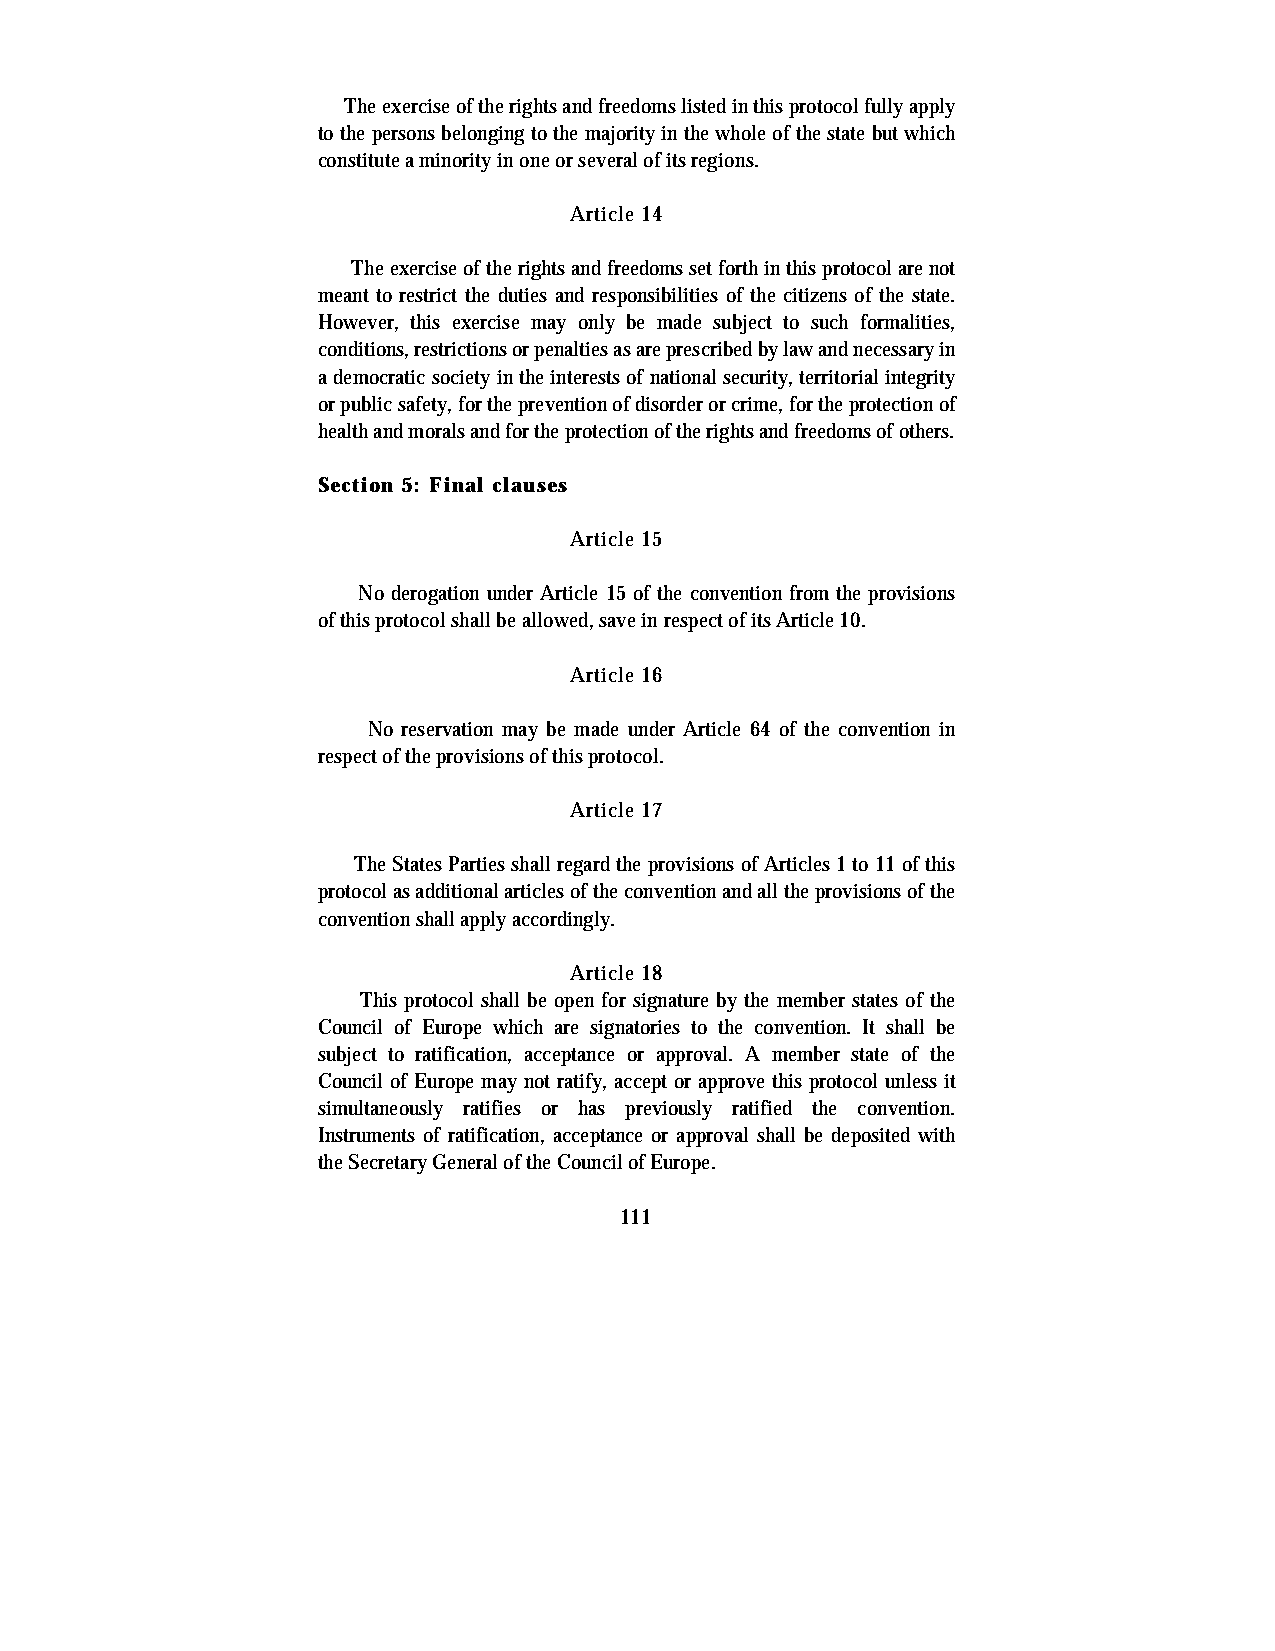
The exercise of the rights and freedoms listed in this protocol fully apply
 to the persons belonging to the majority in the whole of the state but which
 constitute a minority in one or several of its regions.
 Article 14
 The exercise of the rights and freedoms set forth in this protocol are not
 meant to restrict the duties and responsibilities of the citizens of the state.
 However, this exercise may only be made subject to such formalities,
 conditions, restrictions or penalties as are prescribed by law and necessary in
 a democratic society in the interests of national security, territorial integrity
 or public safety, for the prevention of disorder or crime, for the protection of
 health and morals and for the protection of the rights and freedoms of others.
 Section 5: Final clauses
 Article 15
 No derogation under Article 15 of the convention from the provisions
 of this protocol shall be allowed, save in respect of its Article 10.
 Article 16
 No reservation may be made under Article 64 of the convention in
 respect of the provisions of this protocol.
 Article 17
 The States Parties shall regard the provisions of Articles 1 to 11 of this
 protocol as additional articles of the convention and all the provisions of the
 convention shall apply accordingly.
 Article 18
 This protocol shall be open for signature by the member states of the
 Council of Europe which are signatories to the convention. It shall be
 subject to ratification, acceptance or approval. A member state of the
 Council of Europe may not ratify, accept or approve this protocol unless it
 simultaneously ratifies or has previously ratified the convention.
 Instruments of ratification, acceptance or approval shall be deposited with
 the Secretary General of the Council of Europe.
 111